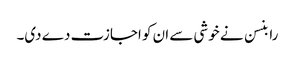
رابنسن نے خوشی سے ان کو اجازت دے دی۔